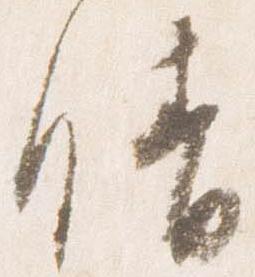
晴